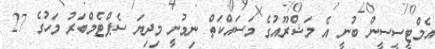
އެމްޓީސީސީން ބުނީ އެ މަޝްރޫއުގެ މަސައްކަތް ނިމުނީ މިދިޔަ ސެޕްޓެމްބަރު މަހުގެ 27